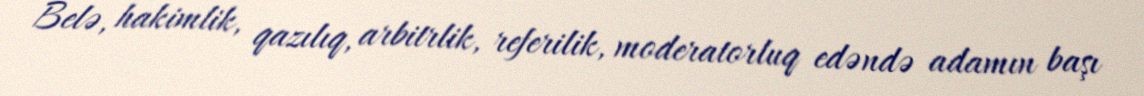
Belə, hakimlik, qazılıq, arbitrlik, referilik, moderatorluq edəndə adamın başı